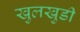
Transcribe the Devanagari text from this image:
खुलखुडी